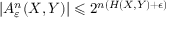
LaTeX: \left| A _ { \varepsilon } ^ { n } ( X , Y ) \right| \leqslant 2 ^ { n ( H ( X , Y ) + \epsilon ) }